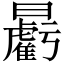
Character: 𣌉